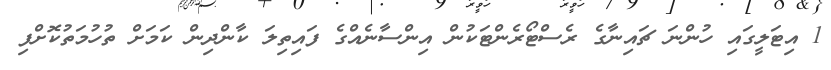
1 އިޓަލީގައި ހުންނަ ޗައިނާގެ ރެސްޓޯރެންޓަކުން އިންސާނެއްގެ ފައިތިލަ ކާންދިން ކަމަށް ތުހުމަތުކޮށްފި